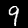
Digit: 9